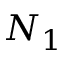
N _ { 1 }